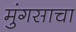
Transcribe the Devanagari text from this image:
मुंगसाचा